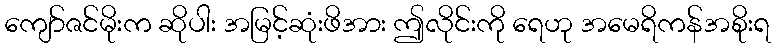
ကျော်ဇင်မိုးက ဆိုပါး အမြင့်ဆုံးဖိအား ဤလိုင်းကို ရေဟု အမေရိကန်အစိုးရ